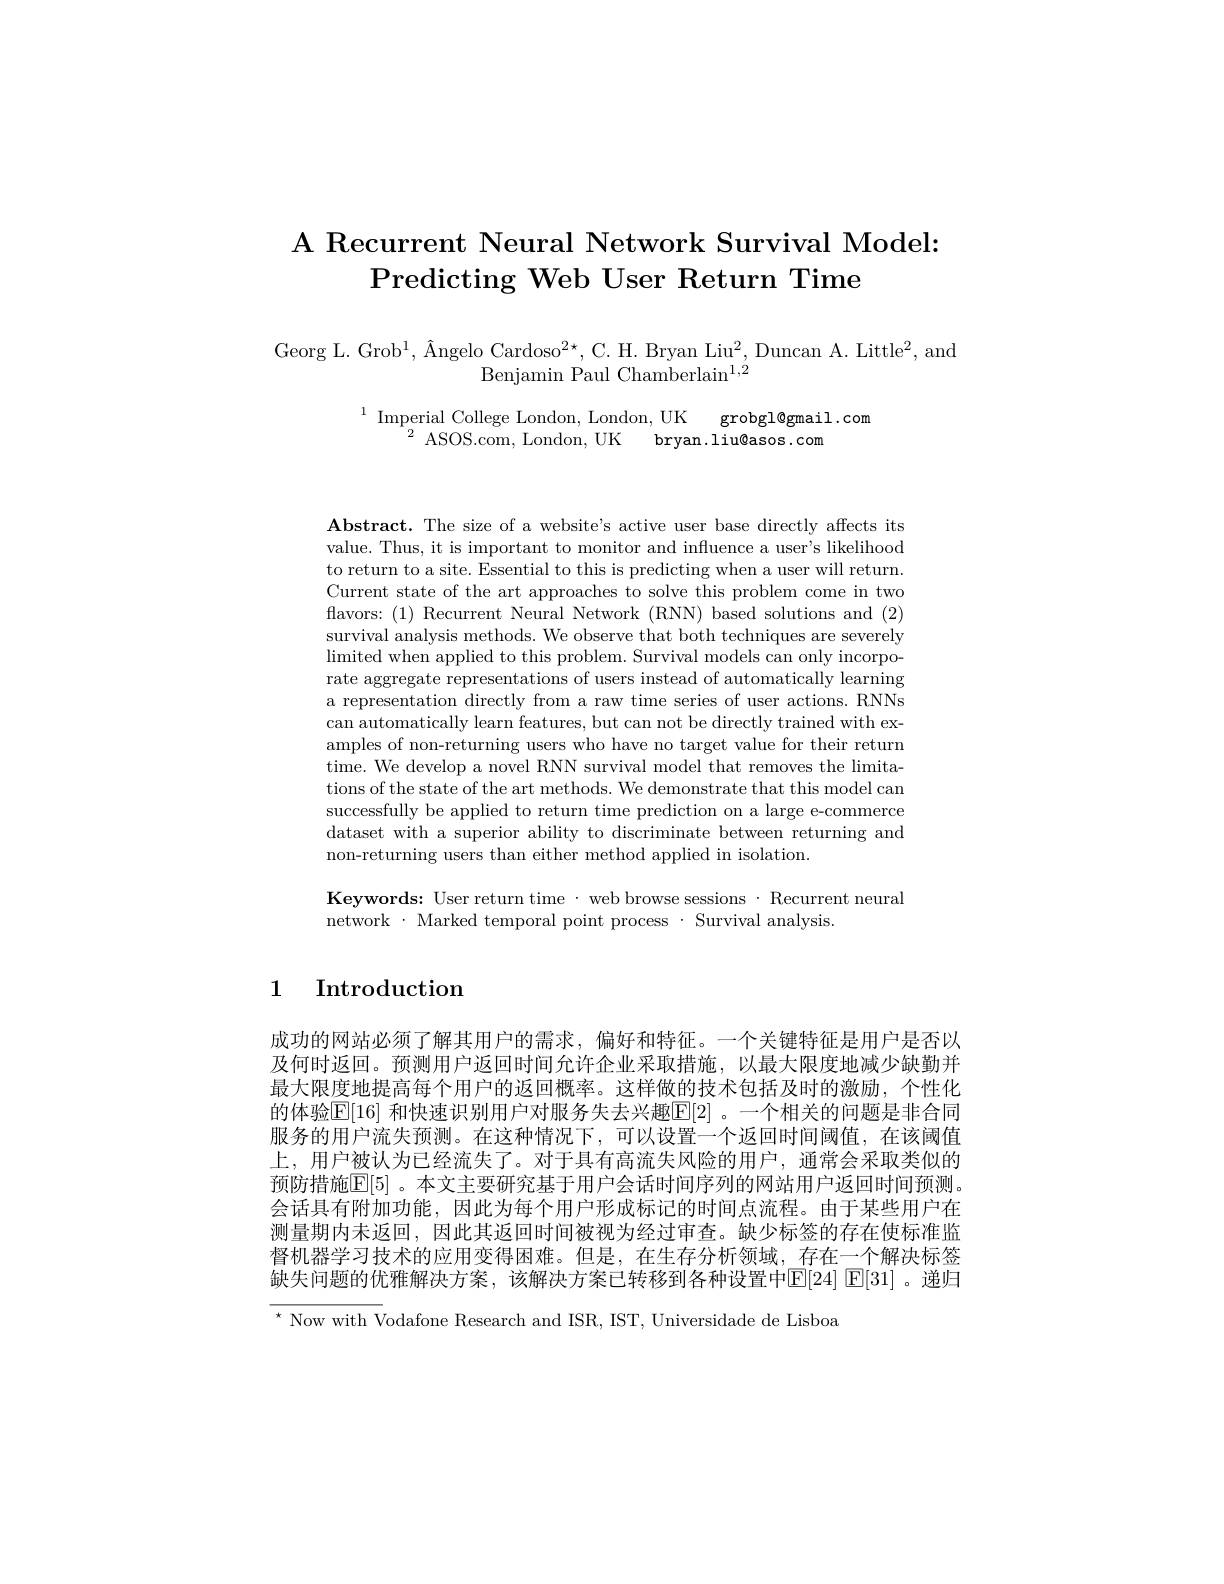
# A Recurrent Neural Network Survival Model: Predicting Web User Return Time

Georg L. Grob$^1,\text{\^{A}ngeloCardoso}^{2\star}$,C.H. Bryan Liu$^2$,Duncan A. Little$^2$,and
Benjamin Paul Chamberlain$^1,2$

$\begin{array}{c}{1}&{\mathrm{Imperial~College~London,~London,~UK}}&{\mathrm{grobgl@gmail.com}}\\{2}&{\mathrm{ASOS.com,~London,~UK}}&{\mathrm{bryan.liu@asos.com}}\end{array}$

$\mathbf{Abstract.~The~size~of~a~website's~active~user~base~directly~affects~its}$ value. Thus, it is important to monitor and influence a user's likelihood to return to a site. Essential to this is predicting when a user will return. Current state of the art approaches to solve this problem come in two flavors: (1) Recurrent Neural Network (RNN) based solutions and (2) survival analysis methods. We observe that both techniques are severely $\operatorname*{limited~when~applied~to~this~problem.~Survival~models~can~only~incorpo-}$ rate aggregate representations of users instead of automatically learning a representation directly from a raw time series of user actions. RNNs can automatically learn features, but can not be directly trained with examples of non-returning users who have no target value for their return time. We develop a novel RNN survival model that removes the limitations of the state of the art methods. We demonstrate that this model can successfully be applied to return time prediction on a large e-commerce dataset with a superior ability to discriminate between returning and non-returning users than either method applied in isolation.

Keywords: User return time· web browse sessions· Recurrent neural
network· Marked temporal point process·Survival analysis.

# 1 Introduction

成功的网站必须了解其用户的需求，偏好和特征。一个关键特征是用户是否以及何时返回。预测用户返回时间允许企业采取措施，以最大限度地减少缺勤并最大限度地提高每个用户的返回概率。这样做的技术包括及时的激励，个性化的体验$\boxed{\mathrm{E}}|16|$ 和快速识别用户对服务失去兴趣$\boxed{\mathrm{E}}|2|$ 。一个相关的问题是非合同服务的用户流失预测。在这种情况下，可以设置一个返回时间阈值，在该阈值上，用户被认为已经流失了。对于具有高流失风险的用户，通常会采取类似的预防措施E[5] 。本文主要研究基于用户会话时间序列的网站用户返回时间预测。会话具有附加功能，因此为每个用户形成标记的时间点流程。由于某些用户在测量期内未返回，因此其返回时间被视为经过审查。缺少标签的存在使标准监督机器学习技术的应用变得困难。但是，在生存分析领域，存在一个解决标签缺失问题的优雅解决方案，该解决方案已转移到各种设置中[E[24] E[31] 。递归$^{\star}$ Now with Vodafone Research and ISR, IST, Universidade de Lisboa